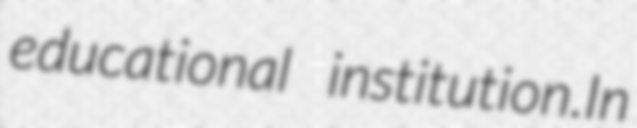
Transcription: educational institution.In